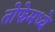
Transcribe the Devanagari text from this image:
तोफेमध्ये